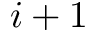
i + 1